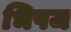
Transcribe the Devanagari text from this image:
भिषज